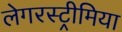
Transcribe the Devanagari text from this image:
लेगरस्ट्रीमिया